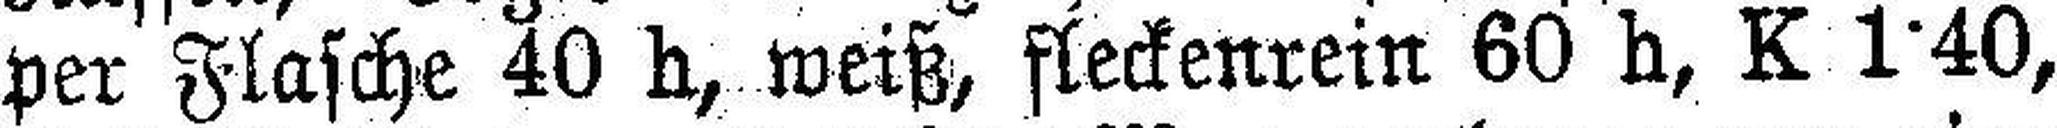
per Flasche 40 h, weiß, fleckenrein 60 h, K 1·40,